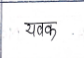
मजकूर: यवक